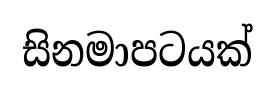
සිනමාපටයක්